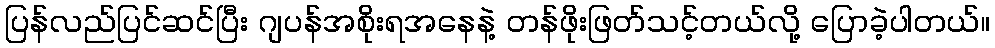
ပြန်လည်ပြင်ဆင်ပြီး ဂျပန်အစိုးရအနေနဲ့ တန်ဖိုးဖြတ်သင့်တယ်လို့ ပြောခဲ့ပါတယ်။